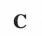
C